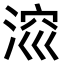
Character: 𣷁